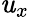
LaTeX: \mathit{u}_{x}